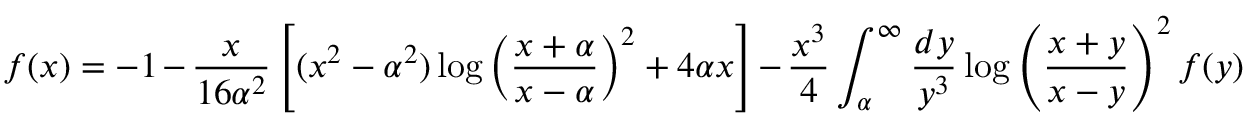
f ( x ) = - 1 - \frac { x } { 1 6 \alpha ^ { 2 } } \left[ ( x ^ { 2 } - \alpha ^ { 2 } ) \log \left( \frac { x + \alpha } { x - \alpha } \right) ^ { 2 } + 4 \alpha x \right] - \frac { x ^ { 3 } } { 4 } \int _ { \alpha } ^ { \infty } \frac { d y } { y ^ { 3 } } \log \left( \frac { x + y } { x - y } \right) ^ { 2 } f ( y )